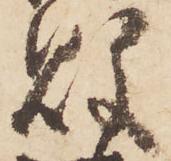
敗